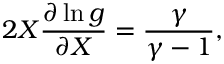
2 X \frac { \partial \ln g } { \partial X } = \frac { \gamma } { \gamma - 1 } ,